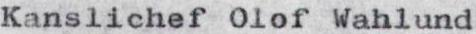
Kanslichef Olof Wahlund